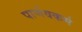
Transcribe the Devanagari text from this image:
पार्णवकर्म